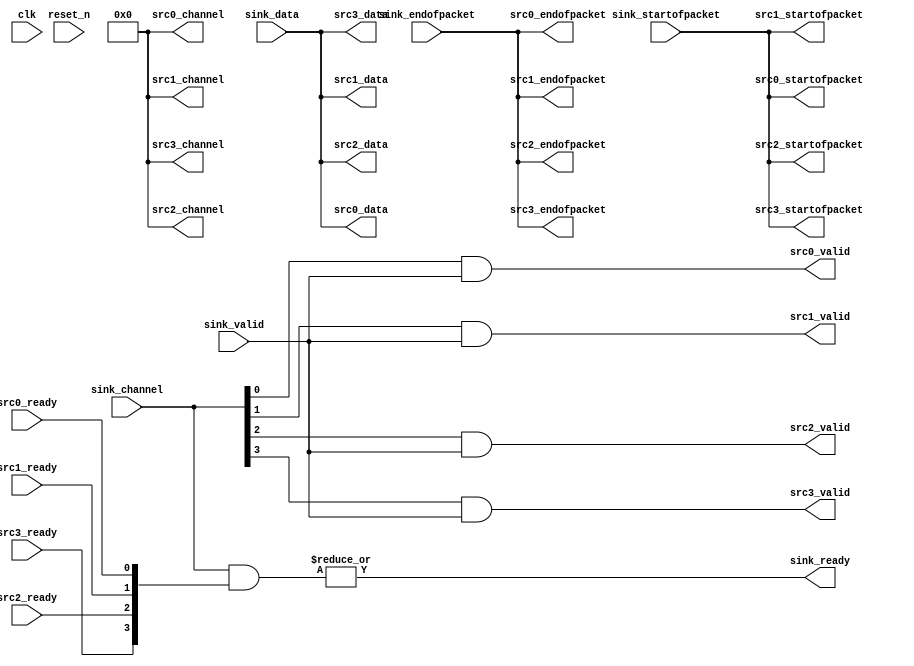
// (C) 2001-2017 Intel Corporation. All rights reserved.
// Your use of Intel Corporation's design tools, logic functions and other 
// software and tools, and its AMPP partner logic functions, and any output 
// files any of the foregoing (including device programming or simulation 
// files), and any associated documentation or information are expressly subject 
// to the terms and conditions of the Intel Program License Subscription 
// Agreement, Intel MegaCore Function License Agreement, or other applicable 
// license agreement, including, without limitation, that your use is for the 
// sole purpose of programming logic devices manufactured by Intel and sold by 
// Intel or its authorized distributors.  Please refer to the applicable 
// agreement for further details.


// (C) 2001-2011 Altera Corporation. All rights reserved.
// Your use of Altera Corporation's design tools, logic functions and other 
// software and tools, and its AMPP partner logic functions, and any output 
// files any of the foregoing (including device programming or simulation 
// files), and any associated documentation or information are expressly subject 
// to the terms and conditions of the Altera Program License Subscription 
// Agreement, Altera MegaCore Function License Agreement, or other applicable 
// license agreement, including, without limitation, that your use is for the 
// sole purpose of programming logic devices manufactured by Altera and sold by 
// Altera or its authorized distributors.  Please refer to the applicable 
// agreement for further details.


// $Id: //acds/rel/11.1/ip/merlin/seq_altera_merlin_demultiplexer/seq_altera_merlin_demultiplexer.sv.terp#1 $
// $Revision: #1 $
// $Date: 2011/08/15 $
// $Author: max $

// -------------------------------------
// Merlin Demultiplexer
//
// Asserts valid on the appropriate output
// given a one-hot channel signal.
// -------------------------------------

`timescale 1 ns / 1 ns

// ------------------------------------------
// Generation parameters:
//   output_name:         seq_cmd_xbar_demux_001
//   ST_DATA_W:           73
//   ST_CHANNEL_W:        4
//   NUM_OUTPUTS:         4
//   VALID_WIDTH:         1
// ------------------------------------------

//------------------------------------------
// Message Supression Used
// QIS Warnings
// 15610 - Warning: Design contains x input pin(s) that do not drive logic
//------------------------------------------

module seq_cmd_xbar_demux_001
(
    // -------------------
    // Sink
    // -------------------
    input  [1-1      : 0]   sink_valid,
    input  [73-1    : 0]   sink_data, // ST_DATA_W=73
    input  [4-1 : 0]   sink_channel, // ST_CHANNEL_W=4
    input                         sink_startofpacket,
    input                         sink_endofpacket,
    output                        sink_ready,

    // -------------------
    // Sources 
    // -------------------
    output reg                      src0_valid,
    output reg [73-1    : 0] src0_data, // ST_DATA_W=73
    output reg [4-1 : 0] src0_channel, // ST_CHANNEL_W=4
    output reg                      src0_startofpacket,
    output reg                      src0_endofpacket,
    input                           src0_ready,

    output reg                      src1_valid,
    output reg [73-1    : 0] src1_data, // ST_DATA_W=73
    output reg [4-1 : 0] src1_channel, // ST_CHANNEL_W=4
    output reg                      src1_startofpacket,
    output reg                      src1_endofpacket,
    input                           src1_ready,

    output reg                      src2_valid,
    output reg [73-1    : 0] src2_data, // ST_DATA_W=73
    output reg [4-1 : 0] src2_channel, // ST_CHANNEL_W=4
    output reg                      src2_startofpacket,
    output reg                      src2_endofpacket,
    input                           src2_ready,

    output reg                      src3_valid,
    output reg [73-1    : 0] src3_data, // ST_DATA_W=73
    output reg [4-1 : 0] src3_channel, // ST_CHANNEL_W=4
    output reg                      src3_startofpacket,
    output reg                      src3_endofpacket,
    input                           src3_ready,


    // -------------------
    // Clock & Reset
    // -------------------
    (*altera_attribute = "-name MESSAGE_DISABLE 15610" *) // setting message suppression on clk
    input clk,
    (*altera_attribute = "-name MESSAGE_DISABLE 15610" *) // setting message suppression on reset
    input reset_n

);

    localparam NUM_OUTPUTS = 4;
    wire [NUM_OUTPUTS - 1 : 0] ready_vector;

    // -------------------
    // Demux
    // -------------------
    always @* begin
        src0_data          = sink_data;
        src0_startofpacket = sink_startofpacket;
        src0_endofpacket   = sink_endofpacket;
        src0_channel       = sink_channel >> NUM_OUTPUTS;

        src0_valid         = sink_channel[0] && sink_valid;

        src1_data          = sink_data;
        src1_startofpacket = sink_startofpacket;
        src1_endofpacket   = sink_endofpacket;
        src1_channel       = sink_channel >> NUM_OUTPUTS;

        src1_valid         = sink_channel[1] && sink_valid;

        src2_data          = sink_data;
        src2_startofpacket = sink_startofpacket;
        src2_endofpacket   = sink_endofpacket;
        src2_channel       = sink_channel >> NUM_OUTPUTS;

        src2_valid         = sink_channel[2] && sink_valid;

        src3_data          = sink_data;
        src3_startofpacket = sink_startofpacket;
        src3_endofpacket   = sink_endofpacket;
        src3_channel       = sink_channel >> NUM_OUTPUTS;

        src3_valid         = sink_channel[3] && sink_valid;

    end

    // -------------------
    // Backpressure
    // -------------------
    assign ready_vector[0] = src0_ready;
    assign ready_vector[1] = src1_ready;
    assign ready_vector[2] = src2_ready;
    assign ready_vector[3] = src3_ready;
    assign sink_ready = |(sink_channel & ready_vector);

endmodule